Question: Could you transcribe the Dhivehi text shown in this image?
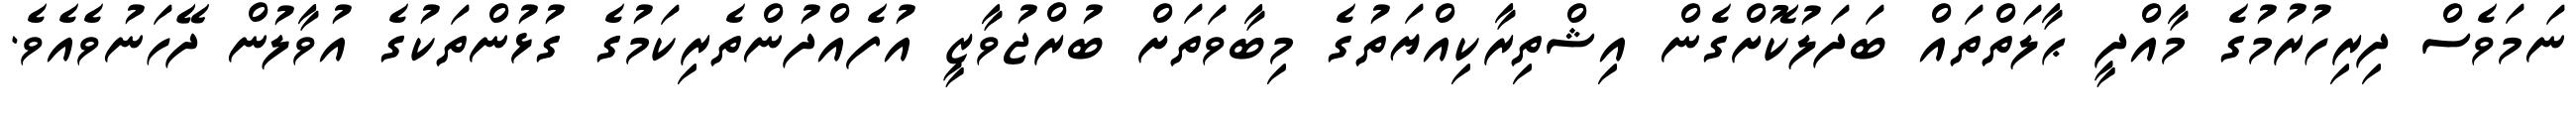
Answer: ނަމަވެސް ދިރިހުރުމުގެ މާއްދީ ޙާލަތްތައް ބަދަލުކޮށްގެން އިޝްތިރާކިއްޔަތުގެ މިބާވަތަށް ބުރްޖުވާޒީ އުފެއްދުންތެރިކަމުގެ ގުޅުންތަކުގެ އުވާލުން ދޭހަނުވެއެވެ.